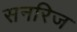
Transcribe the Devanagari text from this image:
सनरिज